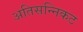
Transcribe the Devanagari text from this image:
अतिसन्निकट